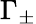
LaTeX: \Gamma_{\pm}